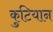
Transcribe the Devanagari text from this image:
कुटियान